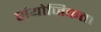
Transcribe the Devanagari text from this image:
संयोजिकता